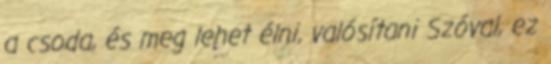
a csoda, és meg lehet élni, valósítani Szóval, ez